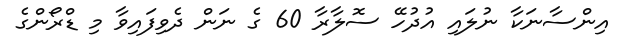
އިންސާނަކާ ނުލައި އުދުހޭ ސޮލާރާ 60 ގެ ނަން ދެވިފައިވާ މި ޑްރޯންގެ